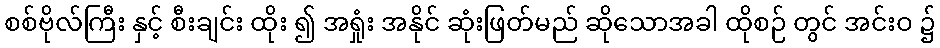
စစ်ဗိုလ်ကြီး နှင့် စီးချင်း ထိုး ၍ အရှုံး အနိုင် ဆုံးဖြတ်မည် ဆိုသောအခါ ထိုစဉ် တွင် အင်းဝ ၌